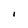
Character: I